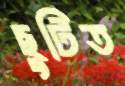
ছুটিত